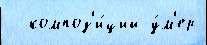
  композ'и́ций у́м'ер